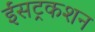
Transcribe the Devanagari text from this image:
ईंसट्रकशन